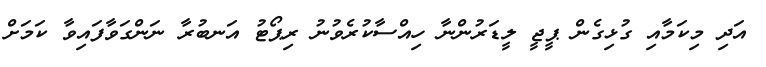
އަދި މިކަމާއި ގުޅިގެން ޕީޖީ ލީޑަރުންނާ ހިއްސާކުރެވުނު ރިޕޯޓު އަނބުރާ ނަންގަވާފައިވާ ކަމަށް